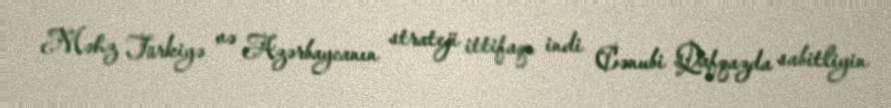
Məhz Türkiyə və Azərbaycanın strateji ittifaqı indi Cənubi Qafqazda sabitliyin